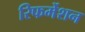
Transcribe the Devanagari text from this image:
रिफर्मेशन